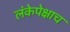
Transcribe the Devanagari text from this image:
लंकेपेक्षाच